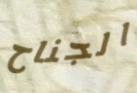
الجناح